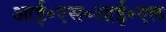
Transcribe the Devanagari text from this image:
आई॰एस॰आई॰एल